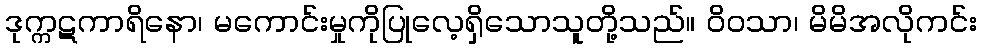
ဒုက္ကဋကာရိနော၊ မကောင်းမှုကိုပြုလေ့ရှိသောသူတို့သည်။ ဝိဝသာ၊ မိမိအလိုကင်း